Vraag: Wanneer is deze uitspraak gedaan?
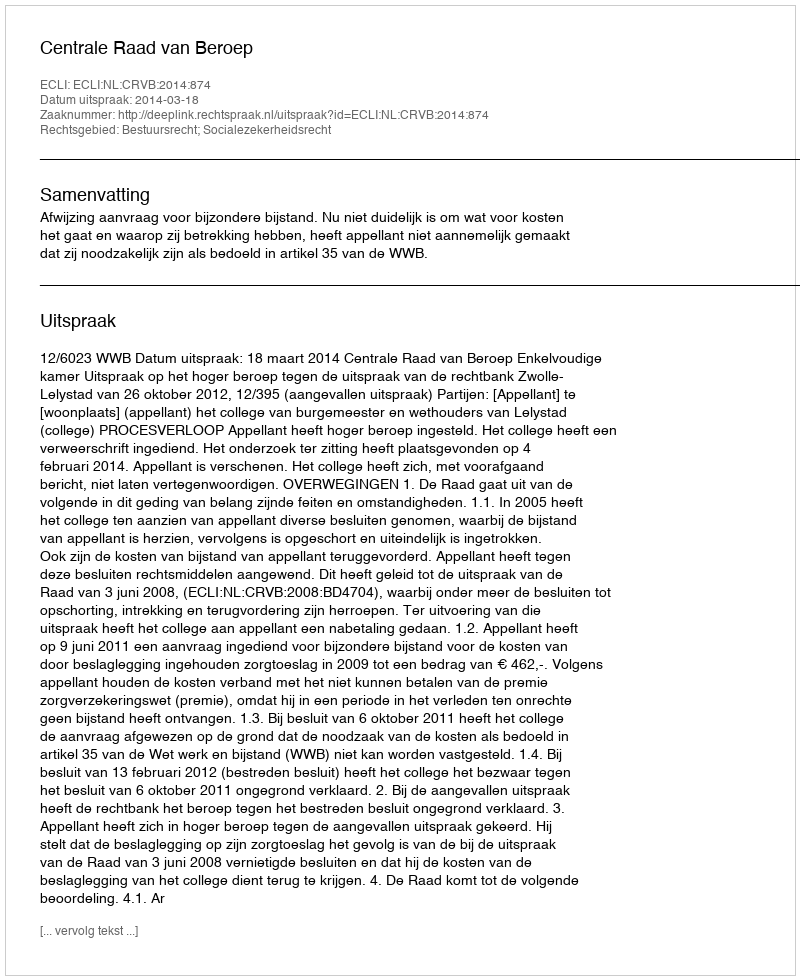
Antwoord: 2014-03-18